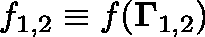
f _ { 1 , 2 } \equiv f ( { \mathbf { \Gamma } } _ { 1 , 2 } )